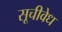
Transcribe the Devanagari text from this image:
सूचीवेध